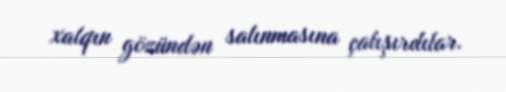
xalqın gözündən salınmasına çalışırdılar.